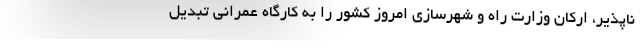
ناپذیر، ارکان وزارت راه و شهرسازی امروز کشور را به کارگاه عمرانی تبدیل